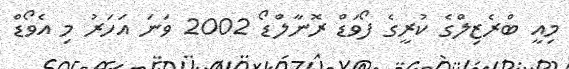
މިއީ ބްރެޒިލްގެ ކުރީގެ ފޯވަޑް ރޮނާލްޑޯ 2002 ވަނަ އަހަރު މި އެވޯޑް